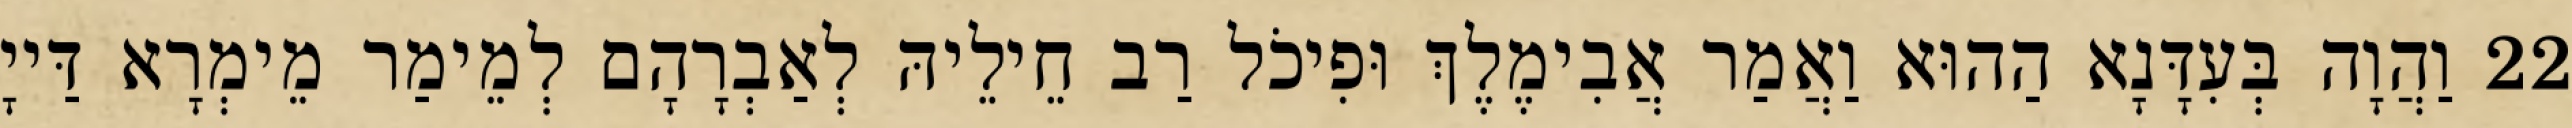
22 וַהֲוָה בְּעִדָּנָא הַהוּא וַאֲמַר אֲבִימֶלֶךְ וּפִיכֹל רַב חֵילֵיהּ לְאַבְרָהָם לְמֵימַר מֵימְרָא דַּייָ